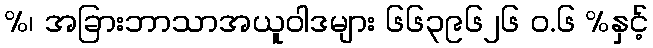
%၊ အခြားဘာသာအယူဝါဒများ ၆၆၃၉၆၂၆ ဝ.၆ %နှင့်